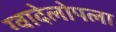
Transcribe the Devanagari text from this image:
ग्वादेलोपला